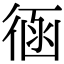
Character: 𢔈